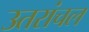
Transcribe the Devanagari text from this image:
उतरांचल